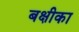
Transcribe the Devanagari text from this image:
बक्षीका